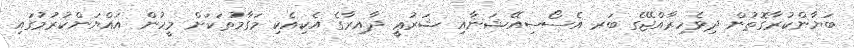
ބަޔާންކުރާގޮތުން ދިވެހިރާއްޖޭގެ ބަރ އެސޯސިއޭޝަނާއި ޝަރުޢީ ދާއިރާގެ އެކިއެކި މަގާމުތަކަށް މީހުން އައްޔަންކުރުމުގައި